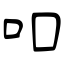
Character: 吅